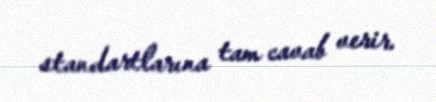
standartlarına tam cavab verir.